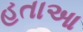
હતાઆ